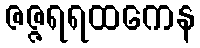
ဇဇ္ဇရရထကေန